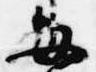
毎